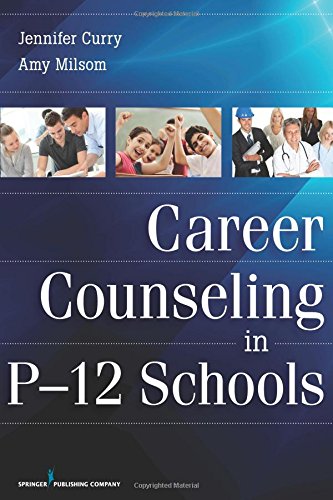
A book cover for Career Counseling in P-12 Schools; Jennifer Curry PhD; Business & Money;